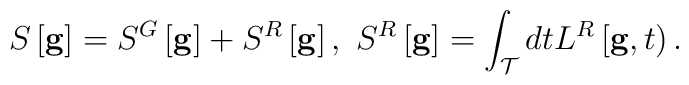
{}S \left[ {\bf g} \right] = S^G \left[ {\bf g}    \right] +S^R \left[ {\bf g} \right]    ,\ S^R \left[ {\bf g} \right] = \int_{\cal T} dt    L^R \left[ {\bf g}, t \right).